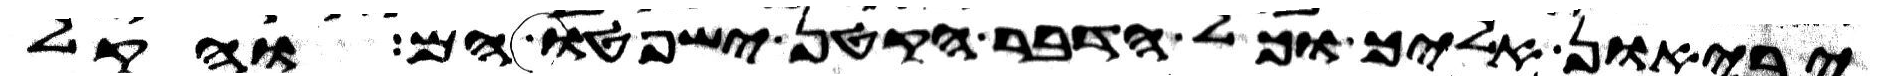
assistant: יביאון אליך וכל הדבר הקטן ישפטו הם והקל